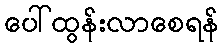
ပေါ်ထွန်းလာစေရန်